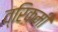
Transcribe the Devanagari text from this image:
व्रिकमी